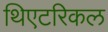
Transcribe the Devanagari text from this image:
थिएटरिकल